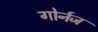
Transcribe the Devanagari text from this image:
गोर्नज